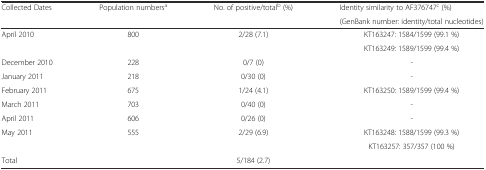
<table><thead><tr><td rowspan="2"><b>Collected Dates</b></td><td rowspan="2"><b>Population numbers<sup>a</sup></b></td><td rowspan="2"><b>No. of positive/total<sup>b</sup> (%)</b></td><td><b>Identity similarity to AF376747<sup>c</sup> (%)</b></td></tr><tr><td><b>(GenBank number: identity/total nucleotides)</b></td></tr></thead><tbody><tr><td rowspan="2">April 2010</td><td rowspan="2">800</td><td rowspan="2">2/28 (7.1)</td><td>KT163247: 1584/1599 (99.1 %)</td></tr><tr><td>KT163249: 1589/1599 (99.4 %)</td></tr><tr><td>December 2010</td><td>228</td><td>0/7 (0)</td><td>-</td></tr><tr><td>January 2011</td><td>218</td><td>0/30 (0)</td><td>-</td></tr><tr><td>February 2011</td><td>675</td><td>1/24 (4.1)</td><td>KT163250: 1589/1599 (99.4 %)</td></tr><tr><td>March 2011</td><td>703</td><td>0/40 (0)</td><td>-</td></tr><tr><td>April 2011</td><td>606</td><td>0/26 (0)</td><td>-</td></tr><tr><td rowspan="2">May 2011</td><td rowspan="2">555</td><td rowspan="2">2/29 (6.9)</td><td>KT163248: 1588/1599 (99.3 %)</td></tr><tr><td>KT163257: 357/357 (100 %)</td></tr><tr><td>Total</td><td></td><td>5/184 (2.7)</td><td></td></tr></tbody></table>